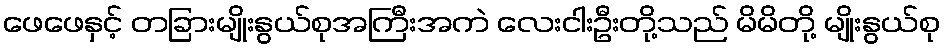
ဖေဖေနှင့် တခြားမျိုးနွယ်စုအကြီးအကဲ လေးငါးဦးတို့သည် မိမိတို့ မျိုးနွယ်စု